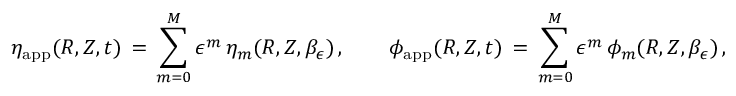
\eta _ { \mathrm { a p p } } ( R , Z , t ) \, = \, \sum _ { m = 0 } ^ { M } \epsilon ^ { m } \, \eta _ { m } ( R , Z , \beta _ { \epsilon } ) \, , \qquad \phi _ { \mathrm { a p p } } ( R , Z , t ) \, = \, \sum _ { m = 0 } ^ { M } \epsilon ^ { m } \, \phi _ { m } ( R , Z , \beta _ { \epsilon } ) \, ,